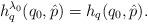
LaTeX: \begin{align*}h^{\lambda_0}_q(q_0,\hat{p})=h_q(q_0,\hat{p}).\end{align*}